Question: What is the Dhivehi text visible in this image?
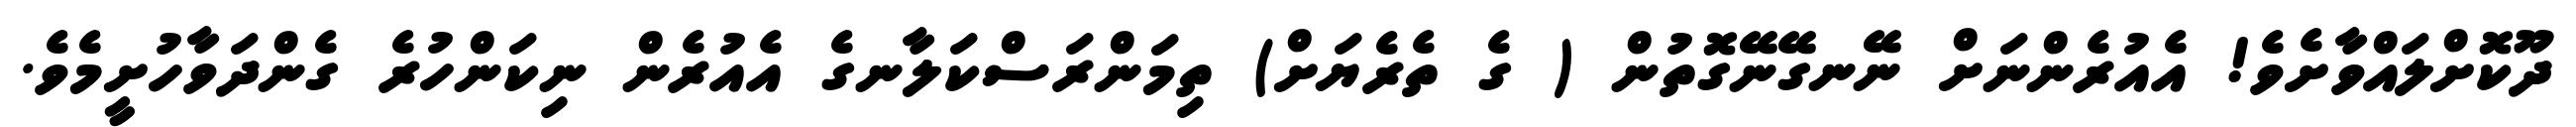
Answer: ދޫކޮށްލައްވާށެވެ! އެއުރެންނަށް ނޭނގޭނޭގޮތުން ( ގެ ތެރެޔަށް) ތިމަންރަސްކަލާނގެ އެއުރެން ނިކަންހުރެ ގެންދަވާހުށީމެވެ.